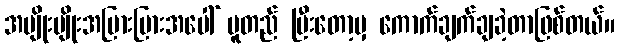
အမျိုးမျိုးအပြားပြားအပေါ် မူတည် ပြီးတော့မှ ကောက်ချက်ချခဲ့တာဖြစ်တယ်။